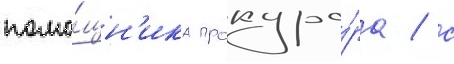
помо́щн'ика прокуро́ра / с